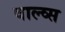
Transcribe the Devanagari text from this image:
वाल्व्स